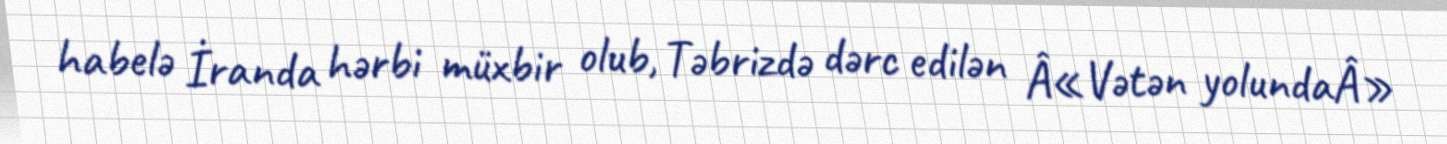
habelə İranda hərbi müxbir olub, Təbrizdə dərc edilən Â«Vətən yolundaÂ»